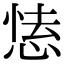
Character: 𢝍